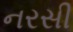
નરસી